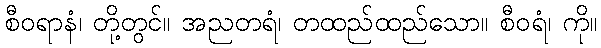
စီဝရာနံ၊ တို့တွင်။ အညတရံ၊ တထည်ထည်သော။ စီဝရံ၊ ကို။